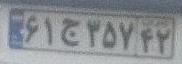
۶۱ج۳۵۷۴۲